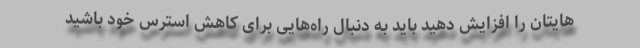
هایتان را افزایش دهید باید به دنبال راه‌هایی برای کاهش استرس خود باشید